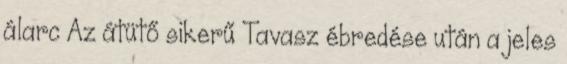
álarc Az átütő sikerű Tavasz ébredése után a jeles